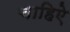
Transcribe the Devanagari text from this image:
चाहिऐ